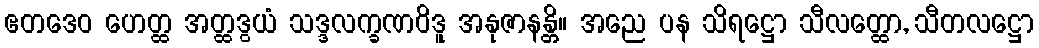
ဧတဒေဝ ဟေတ္ထ အတ္ထဒွယံ သဒ္ဒလက္ခဏဝိဒူ အနုဇာနန္တိ။ အညေ ပန သိရဋ္ဌော သီလတ္ထော, သီတလဋ္ဌော